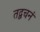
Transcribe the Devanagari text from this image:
तद्वचनं